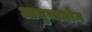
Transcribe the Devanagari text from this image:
आयुष्ययोग